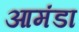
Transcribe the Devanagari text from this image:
आमंडा